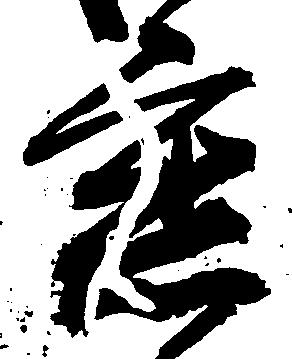
懇